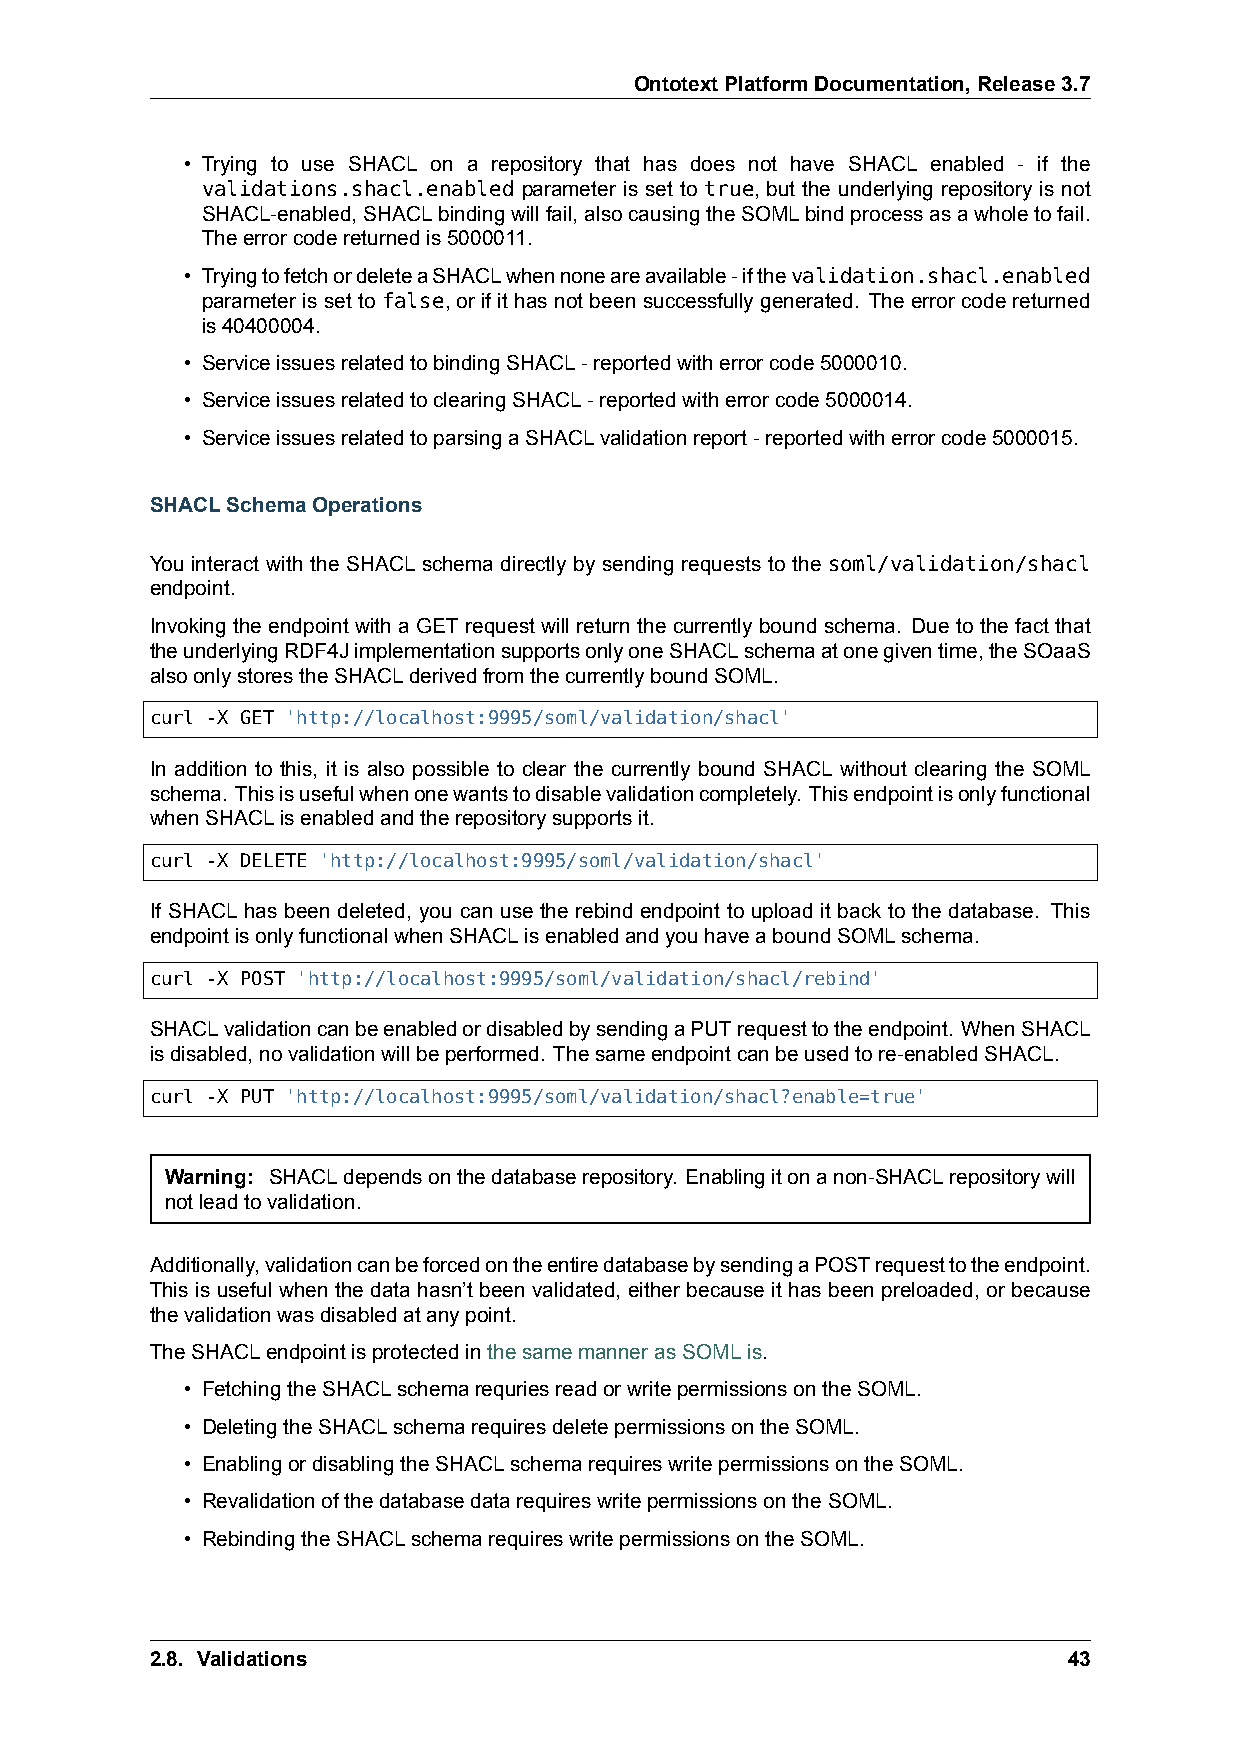
OntotextPlatformDocumentation,Release3.7
 • Trying to use SHACL on a repository that has does not have SHACL enabled - if the
 validations.shacl.enabled parameter is set to true, but the underlying repository is not
 SHACL-enabled,SHACLbindingwillfail,alsocausingtheSOMLbindprocessasawholetofail.
 Theerrorcodereturnedis5000011.
 • TryingtofetchordeleteaSHACLwhennoneareavailable-ifthevalidation.shacl.enabled
 parameter is set to false, or if it has not been successfully generated. The error code returned
 is40400004.
 • ServiceissuesrelatedtobindingSHACL-reportedwitherrorcode5000010.
 • ServiceissuesrelatedtoclearingSHACL-reportedwitherrorcode5000014.
 • ServiceissuesrelatedtoparsingaSHACLvalidationreport-reportedwitherrorcode5000015.
 SHACLSchemaOperations
 You interact with the SHACL schema directly by sending requests to the soml/validation/shacl
 endpoint.
 Invoking the endpoint with a GET request will return the currently bound schema. Due to the fact that
 theunderlyingRDF4JimplementationsupportsonlyoneSHACLschemaatonegiventime,theSOaaS
 alsoonlystorestheSHACLderivedfromthecurrentlyboundSOML.
 curl -X GET 'http://localhost:9995/soml/validation/shacl'
 In addition to this, it is also possible to clear the currently bound SHACL without clearing the SOML
 schema. Thisisusefulwhenonewantstodisablevalidationcompletely. Thisendpointisonlyfunctional
 whenSHACLisenabledandtherepositorysupportsit.
 curl -X DELETE 'http://localhost:9995/soml/validation/shacl'
 If SHACL has been deleted, you can use the rebind endpoint to upload it back to the database. This
 endpointisonlyfunctionalwhenSHACLisenabledandyouhaveaboundSOMLschema.
 curl -X POST 'http://localhost:9995/soml/validation/shacl/rebind'
 SHACLvalidationcanbeenabledordisabledbysendingaPUTrequesttotheendpoint. WhenSHACL
 isdisabled,novalidationwillbeperformed. Thesameendpointcanbeusedtore-enabledSHACL.
 curl -X PUT 'http://localhost:9995/soml/validation/shacl?enable=true'
 Warning: SHACLdependsonthedatabaserepository. Enablingitonanon-SHACLrepositorywill
 notleadtovalidation.
 Additionally,validationcanbeforcedontheentiredatabasebysendingaPOSTrequesttotheendpoint.
 This is useful when the data hasn’t been validated, either because it has been preloaded, or because
 thevalidationwasdisabledatanypoint.
 TheSHACLendpointisprotectedinthesamemannerasSOMLis.
 • FetchingtheSHACLschemarequriesreadorwritepermissionsontheSOML.
 • DeletingtheSHACLschemarequiresdeletepermissionsontheSOML.
 • EnablingordisablingtheSHACLschemarequireswritepermissionsontheSOML.
 • RevalidationofthedatabasedatarequireswritepermissionsontheSOML.
 • RebindingtheSHACLschemarequireswritepermissionsontheSOML.
 2.8. Validations                                             43